system: You are a helpful assistant.
user:
Analyze the provided spectrum to determine if it is a **M-type Giant (gM)**.

A M-type Giant spectrum is defined by its **strong molecular absorption** features, particularly from **Titanium Oxide (TiO)**. You must check for one of the following mutually exclusive signatures:

- **Key Visual Indicators (Absorption-Dominated Spectrum):**

    - **(Primary):** The spectrum is dominated by strong molecular absorption from **Titanium Oxide (TiO)**. This is the **defining feature** of its M-type temperature class.
        - **(Key Bandheads):** Look for sharp, "saw-tooth" absorption valleys. The strongest are located near **~7050 Å**, **~6160 Å**, and **~5170 Å**.
        - **(Line Profile):** The "saw-tooth" morphology is critical: a **sharp, steep drop on the BLUE (short-wavelength) side** of the bandhead, followed by a gradual recovery (rising flux) towards the RED (long-wavelength) side.

    - **(Key Confirmation - Giant vs. Dwarf):** **ABSENCE** of strong **Calcium Hydride (CaH)** molecular bands. This is the primary diagnostic for *excluding* M-dwarfs.
        - **(Key Region):** The spectrum should lack the strong, broad absorption band seen in dwarfs between **~6800 Å and ~7000 Å**.

    - **(Secondary Confirmation - Giant):** A very strong and broad **Neutral Calcium (Ca I)** atomic absorption line.
        - **(Key Line):** Located at **~4226 Å**. In a giant (gM), this line is significantly deeper and broader than the same line in an M-dwarf (dM) due to low surface gravity.

    - **(Overall Spectrum):**
        - The continuum is **extremely red-sloping** (i.e., flux is very low in the blue and rises dramatically towards the red).
        - The entire spectrum appears "chopped up" by the deep TiO bands.

Think first, call **spectral_visualization_tool** if needed to examine features in detail, then provide your final answer. Your response must adhere to the following strict rules:
1.  **Overall Structure:** Your response must follow the format `<think>...</think> <tool_call>...</tool_call> (if a tool is used) <answer>...</answer>`.
2.  **Tool Usage Constraint:** You may only make **one** tool call per turn.
3.  **Final Answer Format:** In the `<answer>` tag, your conclusion must be inside a `\boxed{}` command (e.g., `\boxed{YES}` or `\boxed{NO}`), followed by your justification.

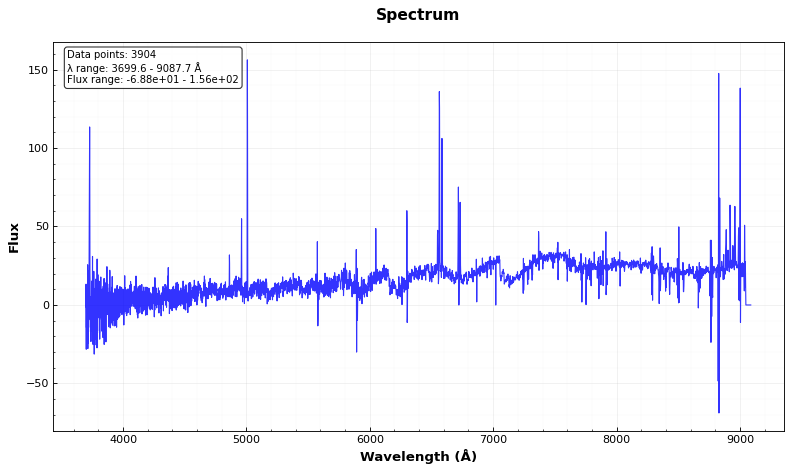
Answer: YES